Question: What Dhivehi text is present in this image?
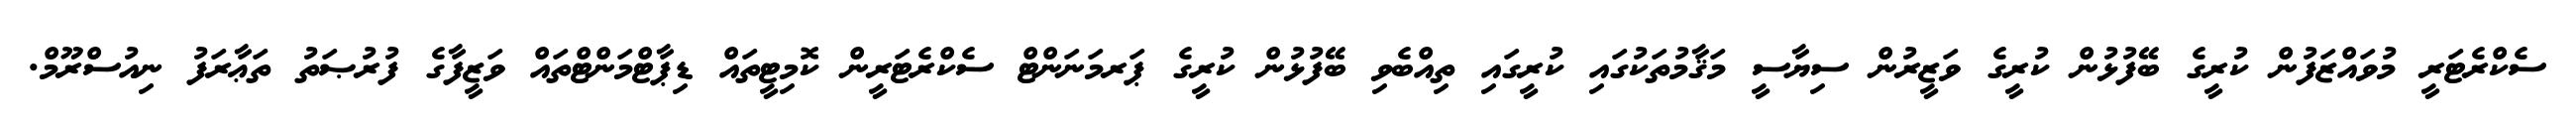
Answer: ސެކްރެޓަރީ މުވައްޒަފުން ކުރީގެ ބޭފުޅުން ކުރީގެ ވަޒީރުން ސިޔާސީ މަޤާމުތަކުގައި ކުރީގައި ތިއްބެވި ބޭފުޅުން ކުރީގެ ޕަރމަނަންޓް ސެކްރެޓަރީން ކޮމިޓީތައް ޑިޕާޓްމަންޓްތައް ވަޒީފާގެ ފުރުޞަތު ތަޢާރަފު ނިއުސްރޫމް.